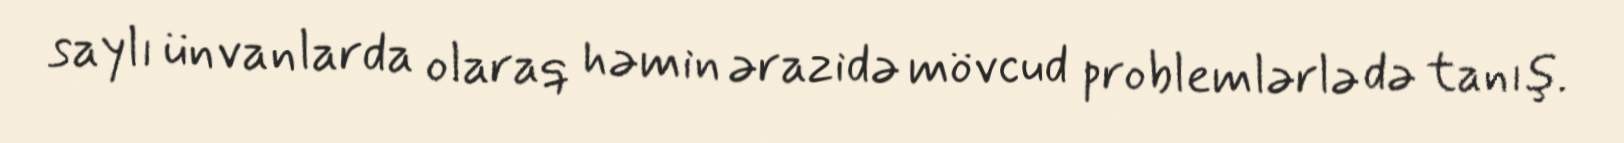
saylı ünvanlarda olaraq həmin ərazidə mövcud problemlərlə də tanış.